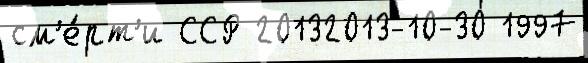
см'е́рт'и ССР 20132013-10-30 1997